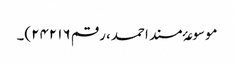
موسوعۂ مسند احمد، رقم ۲۴۲۱۶)۔